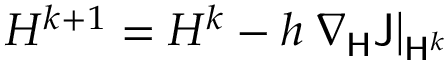
H ^ { k + 1 } = H ^ { k } - h \left. \nabla _ { \mathsf { H } } \mathsf { J } \right| _ { \mathsf { H } ^ { k } }